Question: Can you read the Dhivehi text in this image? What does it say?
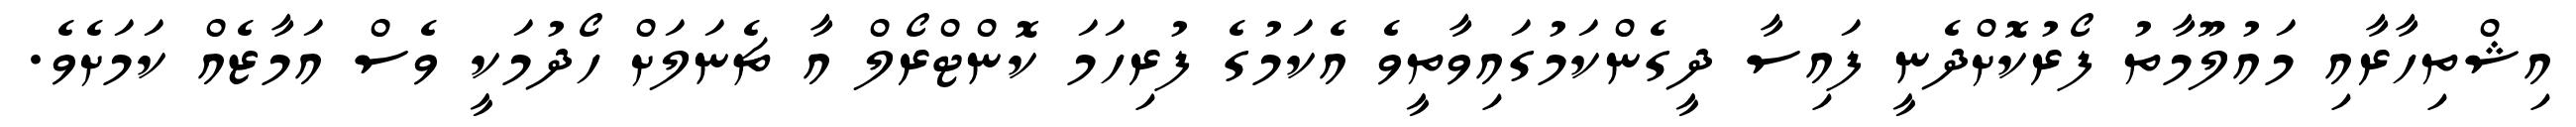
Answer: އިޝްތިހާރާއި މައުލޫމާތު ފޯރުކޮށްދެނީ ފައިސާ ދީގެންކަމުގައިވާތީވެ އެކަމުގެ ފުރިހަމަ ކޮންޓްރޯލް އާ ޗެނަލަށް ހޯދުމަކީ ވެސް އަމާޒެއް ކަމަށެވެ.